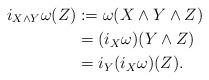
LaTeX: \begin{align*}i_{X\wedge Y}\omega(Z)&:=\omega(X\wedge Y\wedge Z)\\&=(i_X\omega)(Y\wedge Z)\\&=i_Y(i_X\omega)(Z).\end{align*}